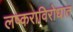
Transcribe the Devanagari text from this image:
लष्कराविरोधात